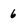
Character: 6